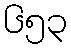
၆၅၃